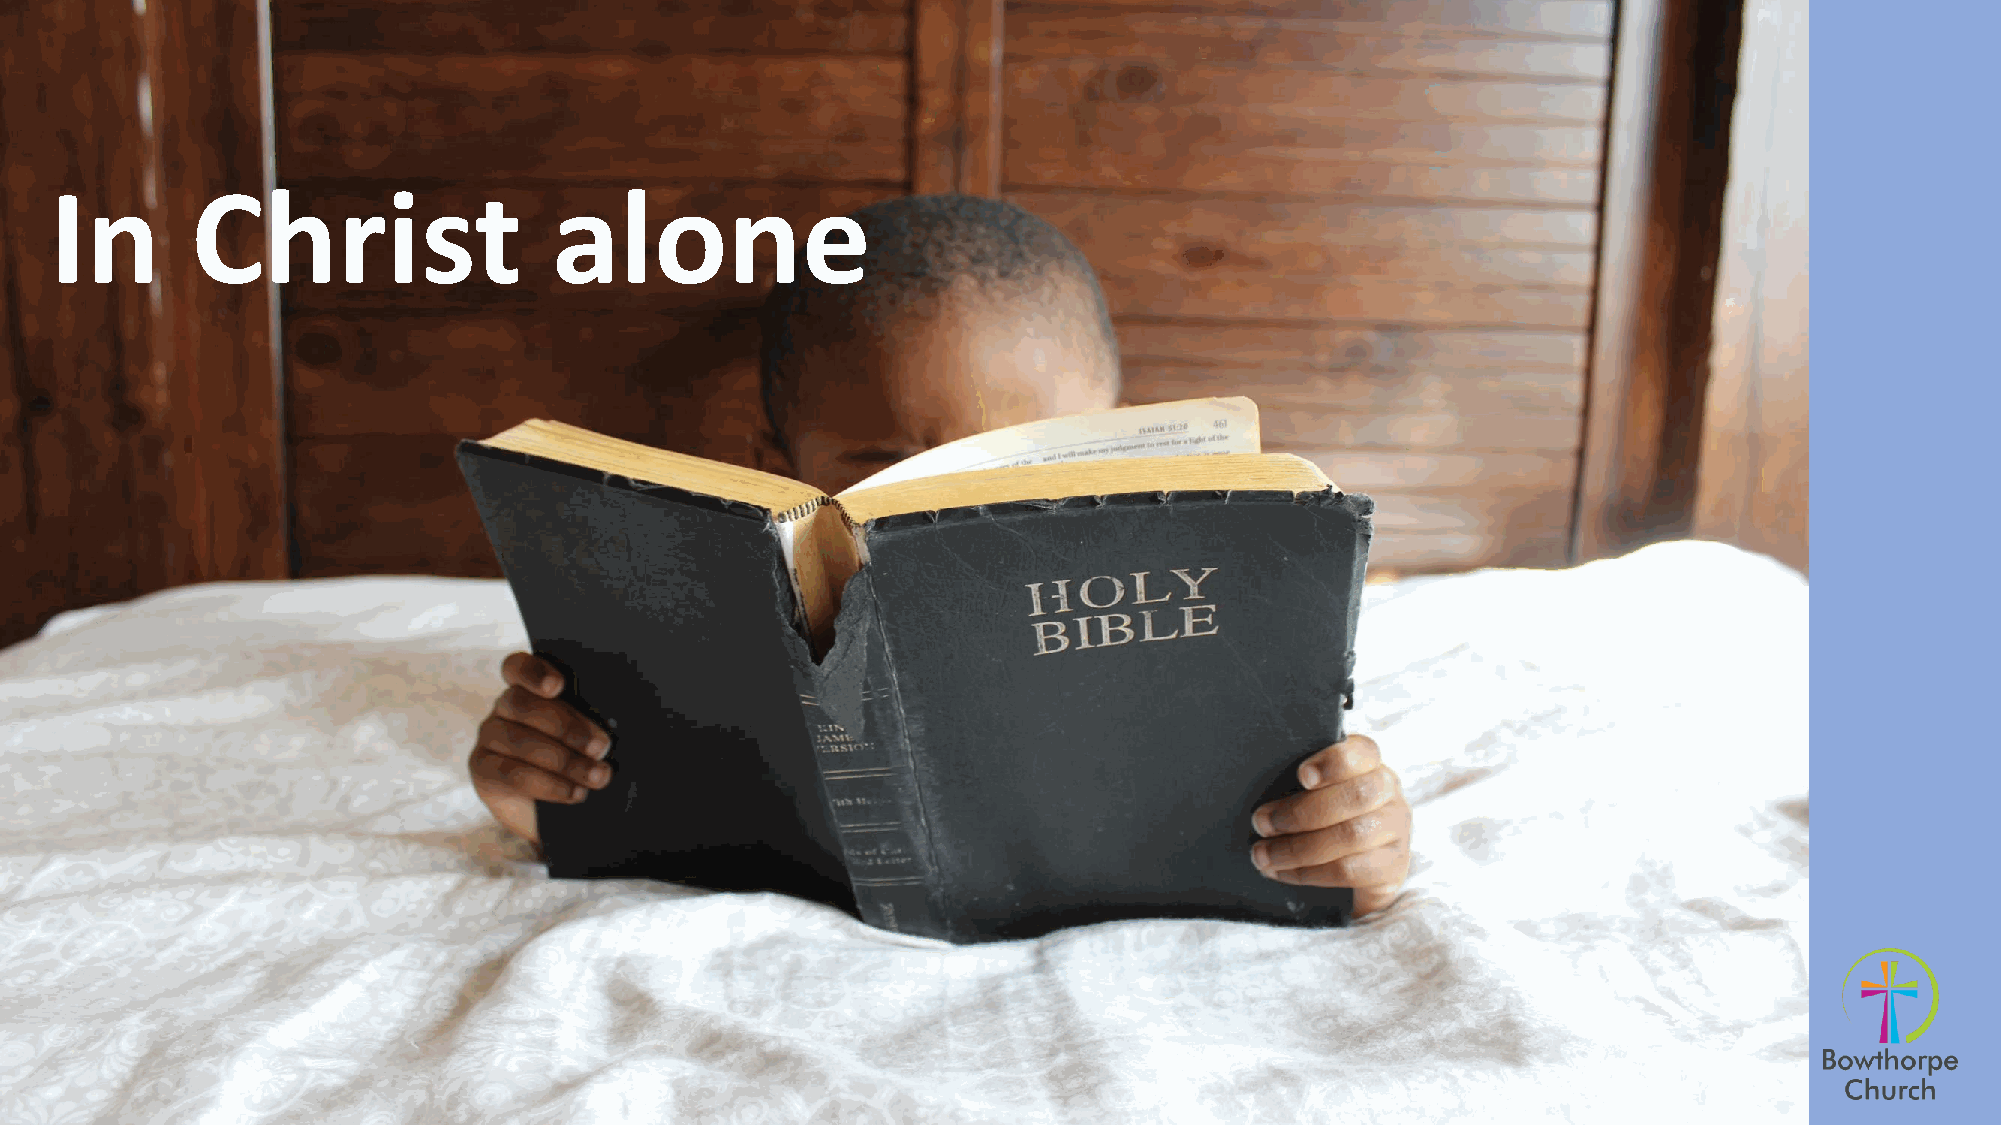
In        Christ                  alone